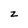
Character: z